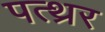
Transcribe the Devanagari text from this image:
पत्थ्रर